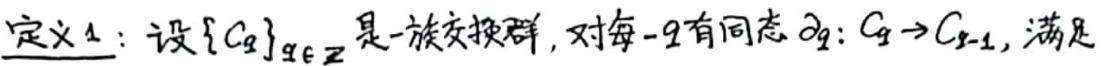
定义 1：设 $\{ C_q \}_{q \in \mathbb{Z}}$ 是一族交换群，对每一 $q$ 有同态 $\partial_q: C_q \to C_{q - 1}$，满足